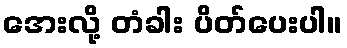
အေးလို့ တံခါး ပိတ်ပေးပါ။